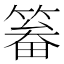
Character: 𱸛